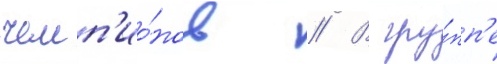
чемп'ио́нов // В гру́пп'е